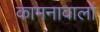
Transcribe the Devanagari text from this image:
कामनावालों